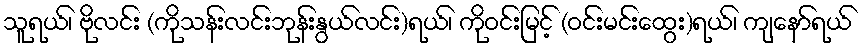
သူရယ်၊ ဗိုလင်း (ကိုသန်းလင်းဘုန်းနွယ်လင်း)ရယ်၊ ကိုဝင်းမြင့် (ဝင်းမင်းထွေး)ရယ်၊ ကျနော်ရယ်